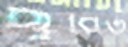
ছুরিত